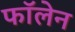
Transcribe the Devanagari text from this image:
फॉलेन